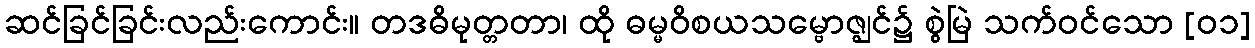
ဆင်ခြင်ခြင်းလည်းကောင်း။ တဒဓိမုတ္တတာ၊ ထို ဓမ္မဝိစယသမ္ဗောဇ္ဈင်၌ စွဲမြဲ သက်ဝင်သော [၀၁]